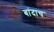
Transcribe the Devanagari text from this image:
बांदाच